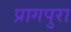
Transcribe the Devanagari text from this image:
प्रागपुरा